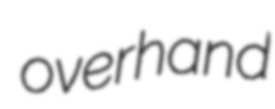
overhand